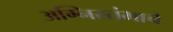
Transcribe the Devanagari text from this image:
अग्निस्तंभाचे